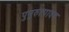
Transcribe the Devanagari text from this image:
पुनुरुत्पादन